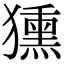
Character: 獯